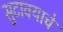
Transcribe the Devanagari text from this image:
सुटावयाचे